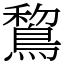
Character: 鵹